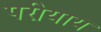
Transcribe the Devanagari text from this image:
परीयाय